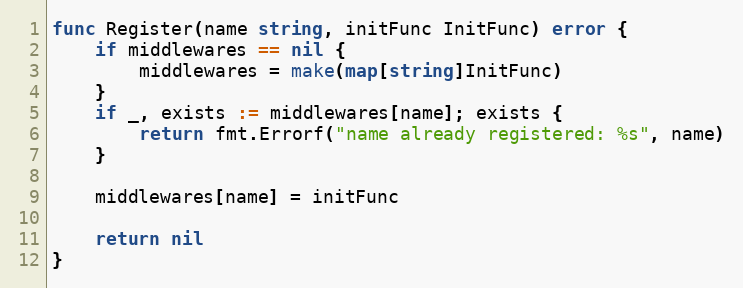
Language: Go
func Register(name string, initFunc InitFunc) error {
	if middlewares == nil {
		middlewares = make(map[string]InitFunc)
	}
	if _, exists := middlewares[name]; exists {
		return fmt.Errorf("name already registered: %s", name)
	}

	middlewares[name] = initFunc

	return nil
}